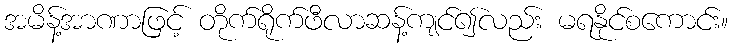
အမိန့်အာဏာဖြင့် တိုက်ရိုက်ဖီလာဆန့်ကျင်၍လည်း မရနိုင်စကောင်း။